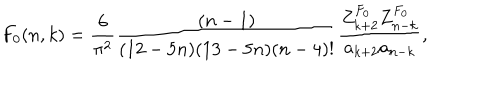
F _ { 0 } ( n , k ) = { \frac { 6 } { \pi ^ { 2 } } } { \frac { ( n - 1 ) } { ( 1 2 - 5 n ) ( 1 3 - 5 n ) ( n - 4 ) ! } } { \frac { Z _ { k + 2 } ^ { F _ { 0 } } Z _ { n - k } ^ { F _ { 0 } } } { a _ { k + 2 } a _ { n - k } } } ,